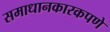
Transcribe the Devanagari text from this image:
समाधानकारकपणे